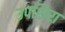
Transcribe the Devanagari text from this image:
उपशिरा